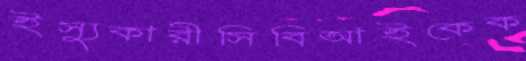
ইস্যুকারীসিবিআইকেক